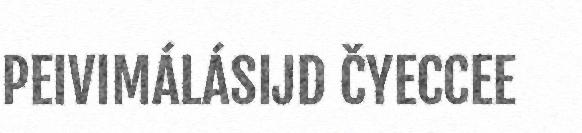
PEIVIMÁLÁSIJD ČYECCEE